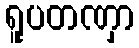
ရူပတဏှာ